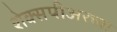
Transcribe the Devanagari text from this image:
शेक्सपीअरच्या